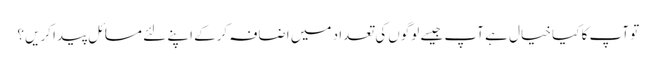
تو آپ کا کیا خیال ہے آپ جیسے لوگوں‌کی تعداد میں اضافہ کرکے اپنے لئے مسائل پیدا کریں؟